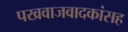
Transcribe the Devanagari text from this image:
पखवाजवादकांसह